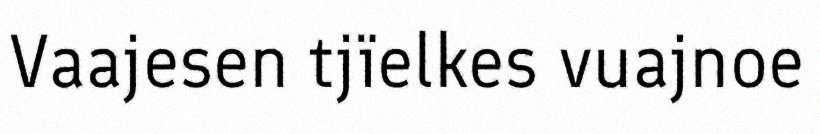
Vaajesen tjïelkes vuajnoe